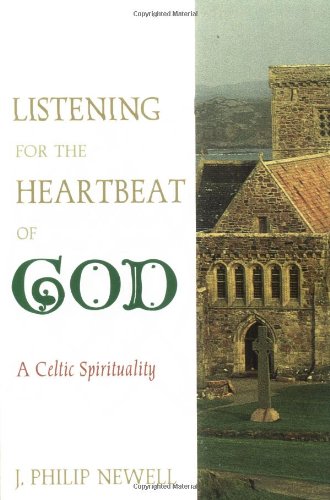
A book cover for Listening for the Heartbeat of God: A Celtic Sprirtuality; J. Philip Newell; Christian Books & Bibles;